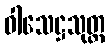
ဝါသေဋ္ဌသုတ္တ